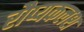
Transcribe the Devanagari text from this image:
रौप्यकलश